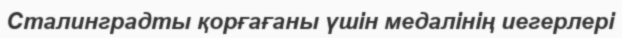
Сталинградты қорғағаны үшін медалінің иегерлері